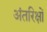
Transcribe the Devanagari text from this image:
अंतरिक्षों